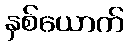
နှစ်ယောက်